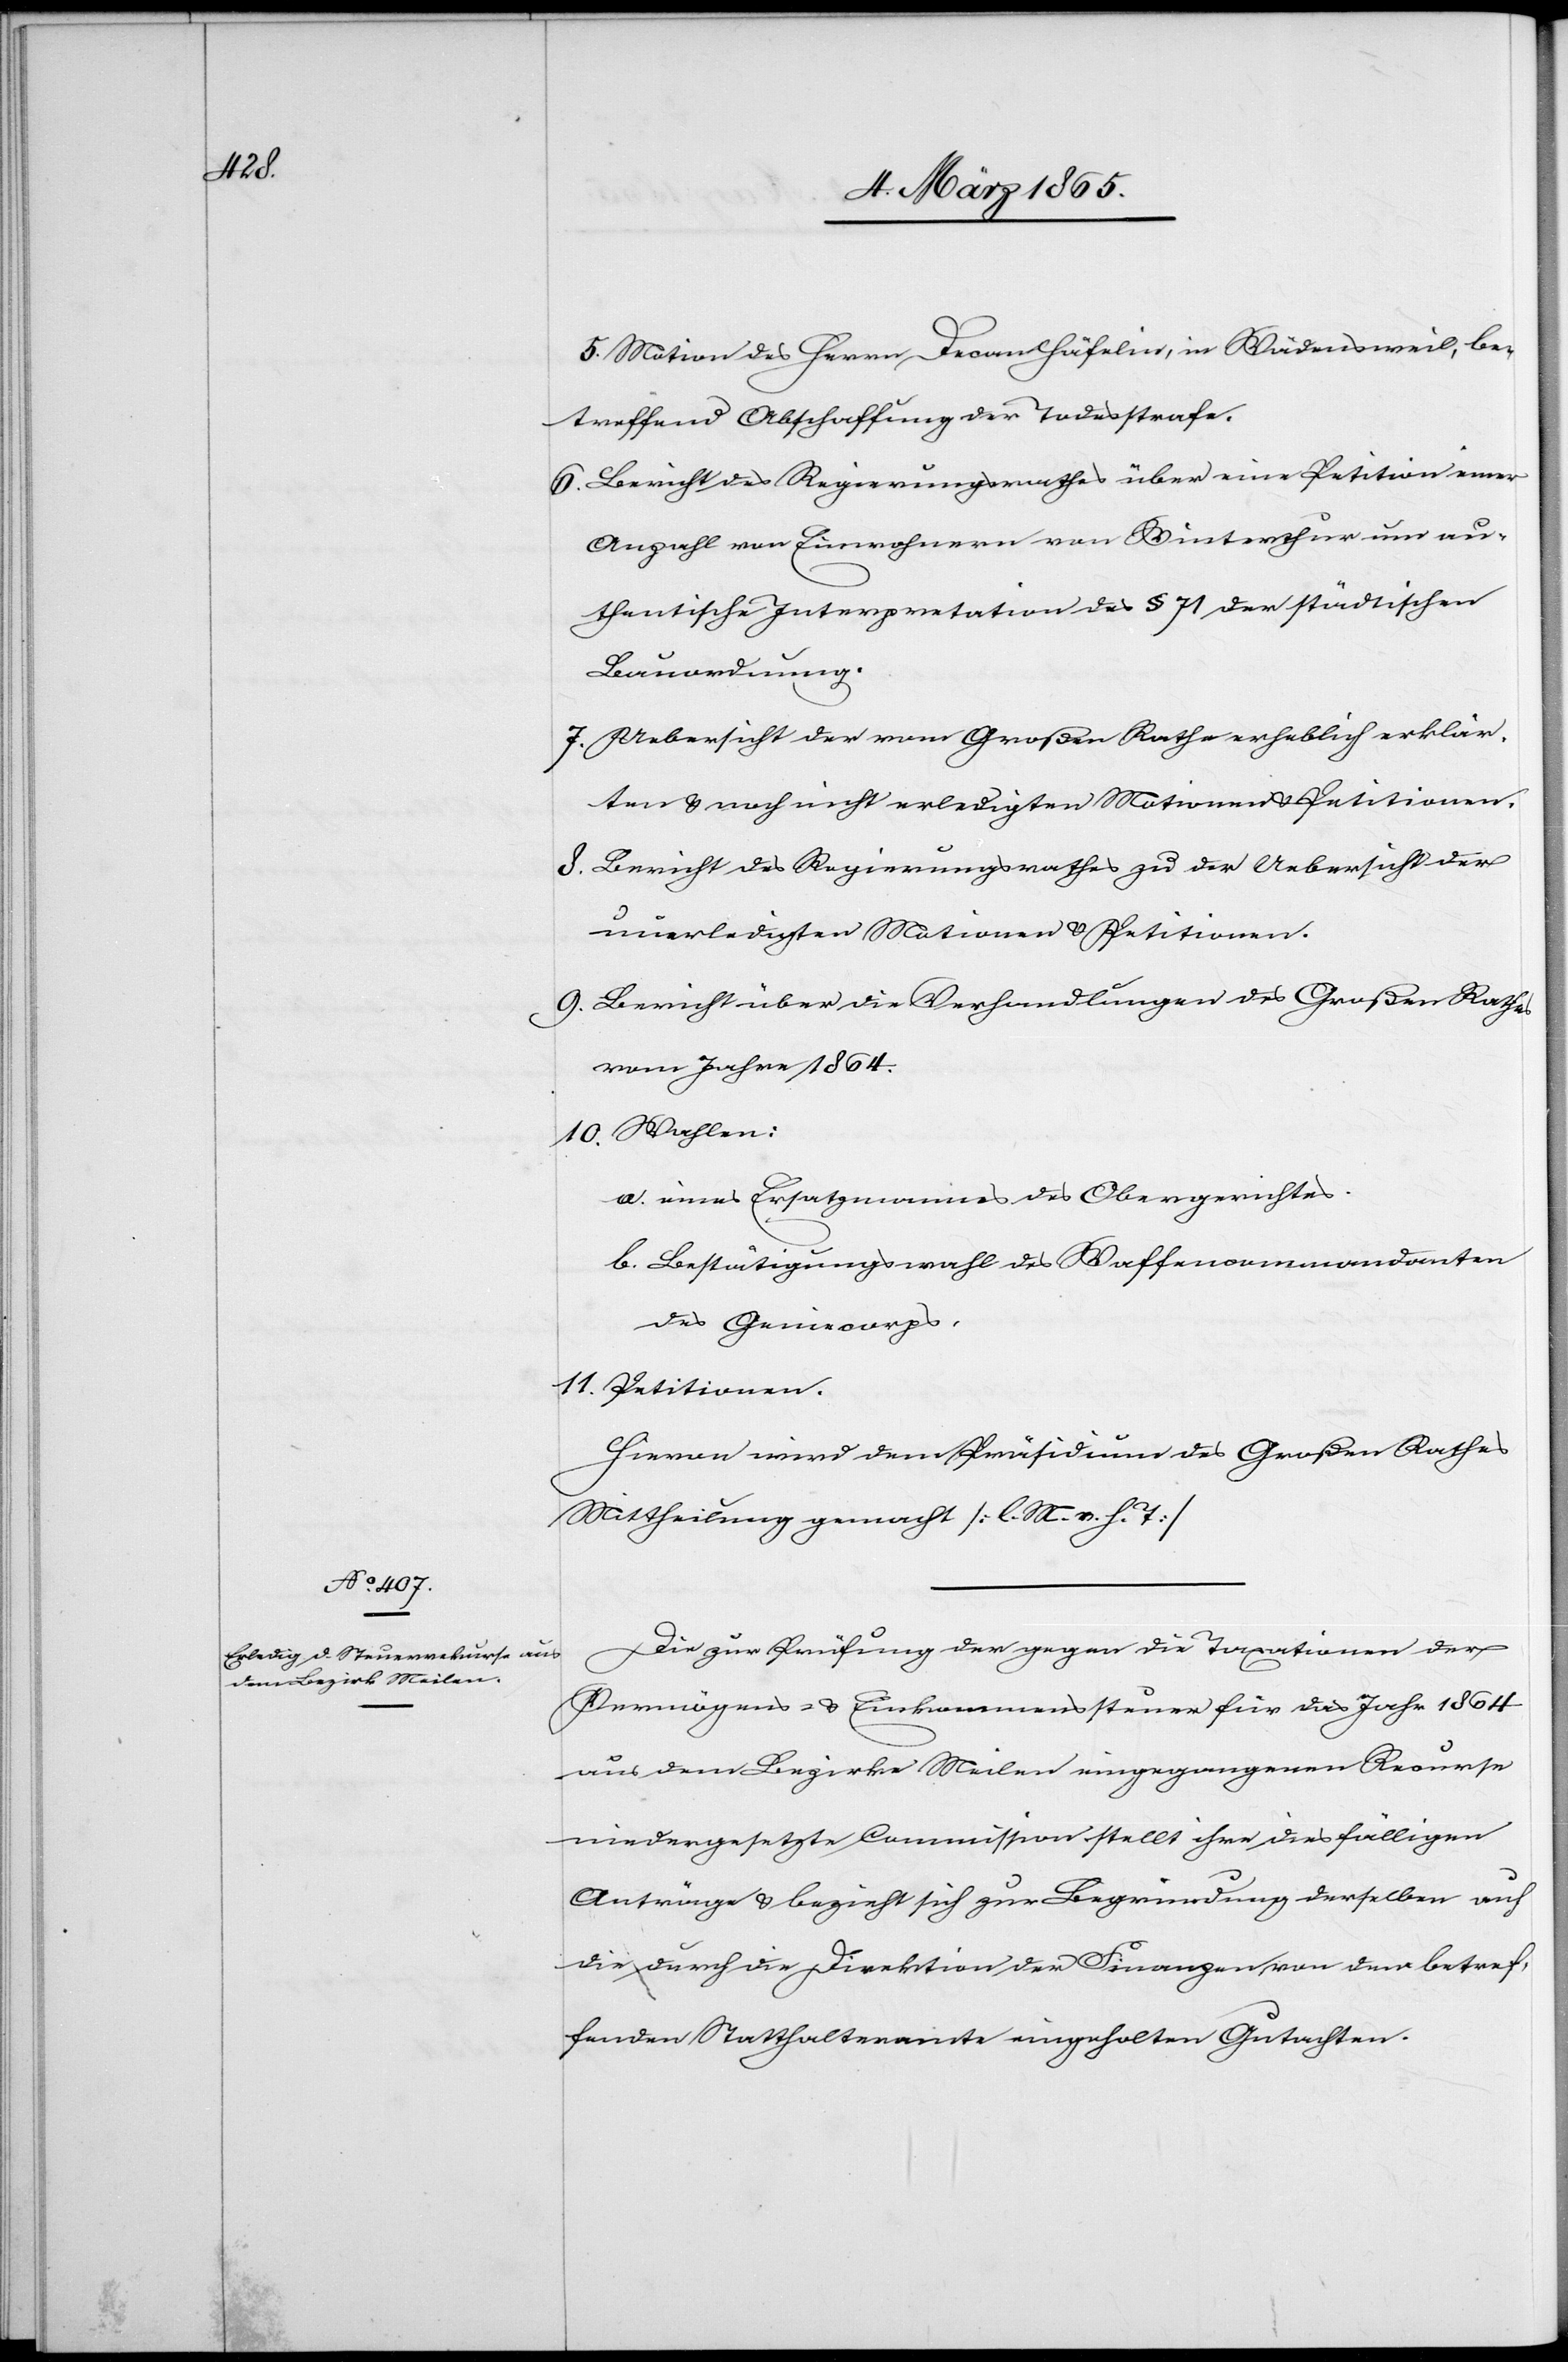
5. Motion des Herrn Decan Häfelin, in Wädensweil, be¬
treffend Abschaffung der Todesstrafe.
6. Bericht des Regierungsrathes über eine Petition einer
Anzahl von Einwohnern von Winterthur um au¬
thentische Interpretation des § 71 der städtischen
Bauordnung.
7. Uebersicht der vom Großen Rathe erheblich erklär¬
ten u. noch nicht erledigten Motionen u. Petitionen.
8. Bericht des Regierungsrathes zu der Uebersicht der
unerledigten Motionen u. Petitionen.
9. Bericht über die Verhandlungen des Großen Rathes
vom Jahre 1864.
10. Wahlen:
a. eines Ersatzmannes des Obergerichtes.
b. Bestätigungswahl des Waffencommandanten
des Geniecorps.
11. Petitionen.
Hievon wird dem Präsidium des Großen Rathes
Mittheilung gemacht [l. M. v. h. T]
Die zur Prüfung der gegen die Taxationen der
Vermögens- u. Einkommenssteuer für das Jahr 1864
aus dem Bezirke Meilen eingegangenen Recurse
niedergesetzte Commission stellt ihre diesfälligen
Anträge u. bezieht sich zur Begründung derselben auf
die durch die Direktion der Finanzen von dem betref¬
fenden Statthalteramte eingeholten Gutachten.